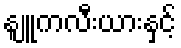
နျူကလီးယားနှင့်